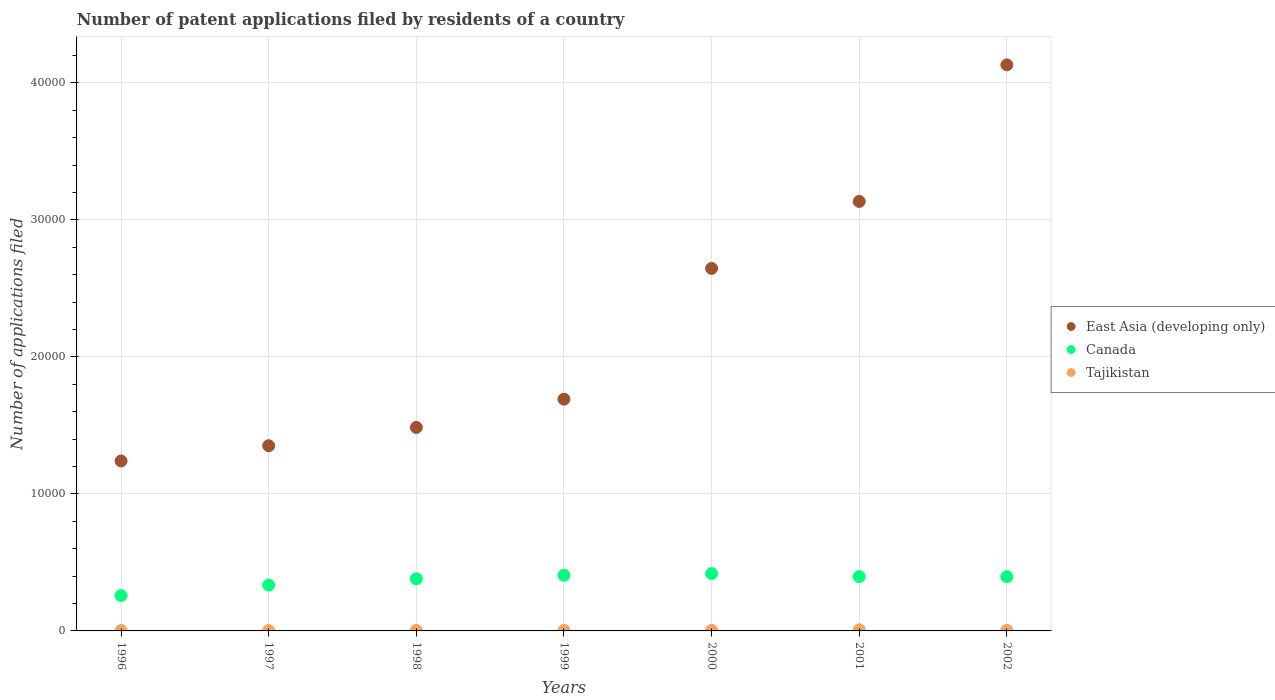
| Years | East Asia (developing only) | Canada | Tajikistan |
 | --- | --- | --- | --- |
 | 1996 | 1.24e+04 | 2.58e+03 | 30 |
 | 1997 | 1.35e+04 | 3.34e+03 | 23 |
 | 1998 | 1.49e+04 | 3.81e+03 | 37 |
 | 1999 | 1.69e+04 | 4.06e+03 | 38 |
 | 2000 | 2.65e+04 | 4.19e+03 | 45 |
 | 2001 | 3.13e+04 | 3.96e+03 | 83 |
 | 2002 | 4.13e+04 | 3.96e+03 | 39 |